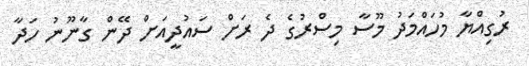
ރުގިއްޔާ މުހައްމަދު މޫސާ މިސްރުގެ ދެ ރަށް ސައުދީއަށް ދޭން ގާނޫނު ހަދާ